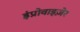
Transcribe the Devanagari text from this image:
इंप्रोवाइज़ेर